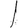
Digit: 1